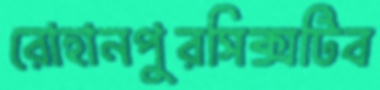
রোহানপুরসিক্সটিব